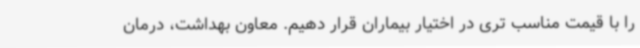
را با قیمت مناسب تری در اختیار بیماران قرار دهیم. معاون بهداشت، درمان